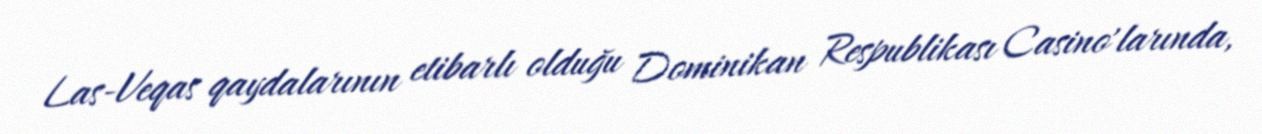
Las-Veqas qaydalarının etibarlı olduğu Dominikan Respublikası Casino'larında,